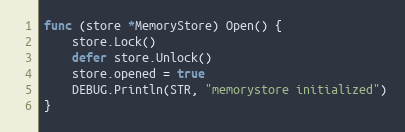
Language: Go
func (store *MemoryStore) Open() {
	store.Lock()
	defer store.Unlock()
	store.opened = true
	DEBUG.Println(STR, "memorystore initialized")
}